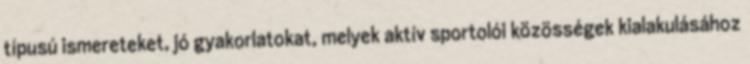
típusú ismereteket, jó gyakorlatokat, melyek aktív sportolói közösségek kialakulásához